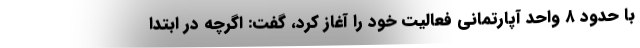
با حدود ٨ واحد آپارتماني فعالیت خود را آغاز کرد، گفت: اگرچه در ابتدا